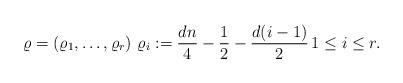
LaTeX: \begin{align*}\varrho=(\varrho_1,\ldots,\varrho_r)\,\,\varrho_i:=\frac{dn}{4}-\frac{1}{2}-\frac{d(i-1)}{2}\,1\leq i\leq r.\end{align*}